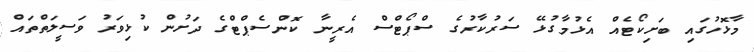
މާޅޮހުގައި ބަށިކޯޓެއް އެޅުމާގުޅޭ ސަރުކާރުގެ ސްޕޯޓްސް އެރީނާ ކޮންސެޕްޓްގެ ދަށުން ކުޅިވަރު ވަސީލަތްތައް